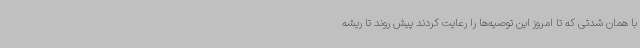
با همان شدتی که تا امروز این توصیه‌ها را رعایت کردند پیش روند تا ریشه